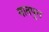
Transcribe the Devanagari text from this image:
नातपुत्त